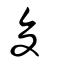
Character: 夋